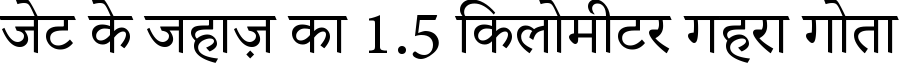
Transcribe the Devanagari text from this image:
जेट के जहाज़ का 1.5 किलोमीटर गहरा गोता